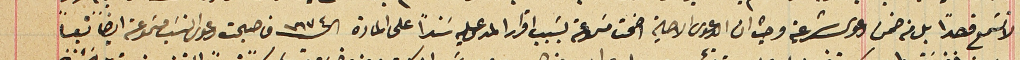
لا تسَمع قصداً بل من ضمن دعوى شرعية وحيث ان الدعوى الاصلية اضحت مسموعة بسَبب اقرار المدعى عليه سَنداً على المادة الـ ١٦٧٤ فاصبحت دعوى النسَب مسموعة ايضا نسبياً